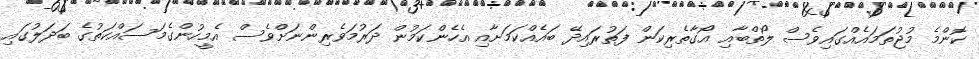
ކޮންމެ މުޖުތަމައެއްގައިވެސް ލޯތްބާއި އޯގާތެރިކަން ފަތުރައިދޭ ބައެއްކަމަށާއި އެހެންކަމުން ދަރުމަވެރިންނަށްވެސް އެމީހުންގެމަސައްކަތުގެ ބަދަލުގައި